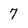
Character: 7